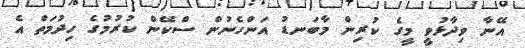
އޭނާ ވިދާޅުވީ މީގެ ކުރިން މާބަނޑު އަންހެނުން ސްކޭން ކުރުމުގެ ހިދުމަތް އެ